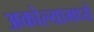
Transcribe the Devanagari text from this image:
अकोल्यामध्ये